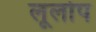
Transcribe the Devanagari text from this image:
लूलोप